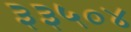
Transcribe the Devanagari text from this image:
३३५०४